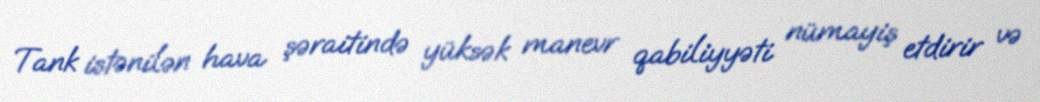
Tank istənilən hava şəraitində yüksək manevr qabiliyyəti nümayiş etdirir və